Medical and sanitary report of the native army of Madras for the year
Year: 1877
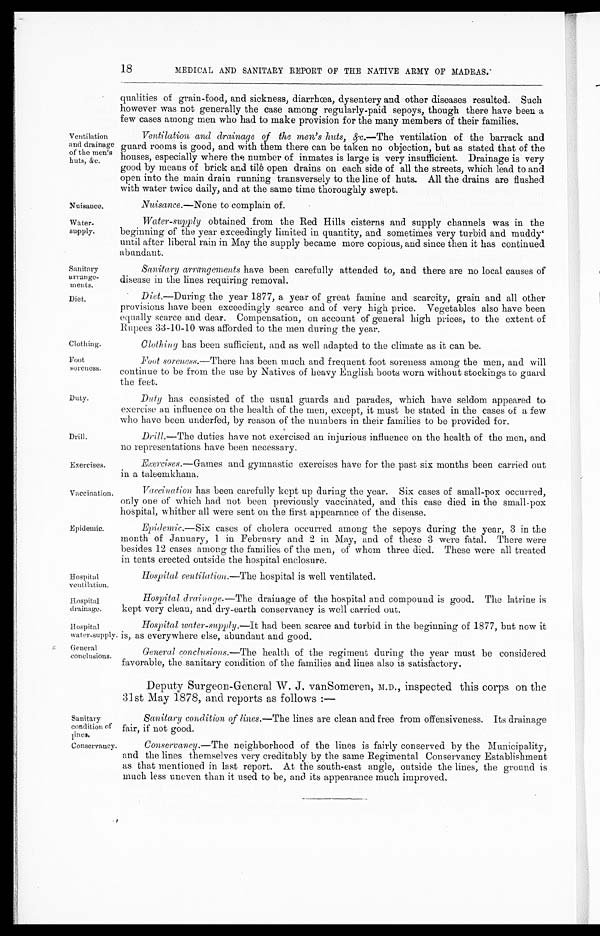
Nuisance.
Water
-supply.
Sanitary
arrange
-ments.
Diet.
Clothing.
Foot
soreness.
Duty.
Drill.
Exercises.
Vaccination.
Hospital
ventilation.
Hospital
drainage.
Hospital
water-supply
General
conclusions.
Sanitary
condition of
lines.
Conservancy.
18
MEDICAL AND SANITARY REPORT OF THE NATIVE ARMY OF MADRAS.
Ventilation
and drainage
of the men's
huts, &c.
Epidemic.
qualities of grain-food, and sickness, diarrhœa, dysentery and other diseases resulted. Such
however was not generally the case among regularly-paid sepoys, though there have been a
few cases among men who had to make provision for the many members of their families.
Ventilation and drainage of the men's huts, &c .—The ventilation of the barrack and
guard rooms is good, and with them there can be taken no objection, but as stated that of the
houses, especially where the number of inmates is large is very insufficient. Drainage is very
good by means of brick and tile open drains on each side of all the streets, which lead to and
open into the main drain running transversely to the line of huts. All the drains are flushed
with water twice daily, and at the same time thoroughly swept.
Nuisance .—None to complain of.
Water-supply obtained from the Red Hills cisterns and supply channels was in the
beginning of the year exceedingly limited in quantity, and sometimes very turbid and muddy'
until after liberal rain in May the supply became more copious, and since then it has continued
abundant.
Sanitary arrangements have been carefully attended to, and there are no local causes of
disease in the lines requiring removal.
Diet .—During the year 1877, a year of great famine and scarcity, grain and all other
provisions have been exceedingly scarce and of very high price. Vegetables also have been
equally scarce and dear. Compensation, on account of general high prices, to the extent of
Rupees 33-10-10 was afforded to the men during the year.
Clothing has been sufficient, and as well adapted to the climate as it can be.
Foot soreness .—There has been much and frequent foot soreness among the men, and will
continue to be from the use by Natives of heavy English boots worn without stockings to guard
the feet.
Duty has consisted of the usual guards and parades, which have seldom appeared to
exercise an influence on the health of the men, except, it must be stated in the cases of a few
who have been underfed, by reason of the numbers in their families to be provided for.
Drill .—The duties have not exercised an injurious influence on the health of the men, and
no representations have been necessary.
Exercises .—Games and gymnastic exercises have for the past six months been carried out
in a taleemkhana.
Vaccination has been carefully kept up during the year. Six cases of small-pox occurred,
only one of which had not been previously vaccinated, and this case died in the small-pox
hospital, whither all were sent on the first appearance of the disease.
Epidemic .—Six cases of cholera occurred among the sepoys during the year, 3 in the
month of January, 1 in February and 2 in May, and of these 3 were fatal. There were
besides 12 cases among the families of the men, of whom three died. These were all treated
in tents erected outside the hospital enclosure.
Hospital ventilation .—The hospital is well ventilated.
Hospital drainage .—The drainage of the hospital and compound is good. The latrine is
kept very clean, and dry-earth conservancy is well carried out.
Hospital water-supply .—It had been scarce and turbid in the beginning of 1877, but now it
is, as everywhere else, abundant and good.
General conclusions .—The health of the regiment during the year must be considered
favorable, the sanitary condition of the families and lines also is satisfactory.
Deputy Surgeon-General W. J. van Someren, M.D., inspected this corps on the
31st May 1878, and reports as follows :—
Sanitary condition of lines .—The lines are clean and free from offensiveness. Its drainage
fair, if not good.
Conservancy .—The neighborhood of the lines is fairly conserved by the Municipality,
and the lines themselves very creditably by the same Regimental Conservancy Establishment
as that mentioned in last report. At the south-east angle, outside the lines, the ground is
much less uneven than it used to be, and its appearance much improved.